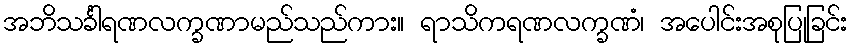
အဘိသင်္ခါရဏလက္ခဏာမည်သည်ကား။ ရာသိကရဏလက္ခဏံ၊ အပေါင်းအစုပြုခြင်း